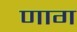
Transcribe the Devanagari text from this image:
णाग